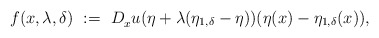
\begin{align*}f(x,\lambda,\delta) \ := \ D_x^{}u(\eta + \lambda(\eta_{1,\delta}-\eta))(\eta(x)-\eta_{1,\delta}(x)),\end{align*}